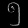
Digit: ၅